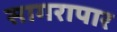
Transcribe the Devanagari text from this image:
सागरापार